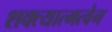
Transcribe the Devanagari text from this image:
शक्त्यात्मत्वेन